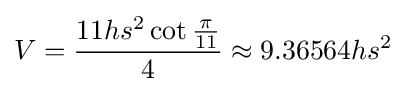
V={\frac {11hs^{2}\cot {\frac {\pi }{11}}}{4}}\approx 9.36564hs^{2}